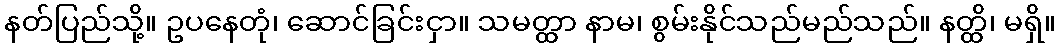
နတ်ပြည်သို့။ ဥပနေတုံ၊ ဆောင်ခြင်းငှာ။ သမတ္ထာ နာမ၊ စွမ်းနိုင်သည်မည်သည်။ နတ္ထိ၊ မရှိ။